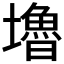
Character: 𡓇